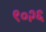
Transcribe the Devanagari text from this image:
९०२६